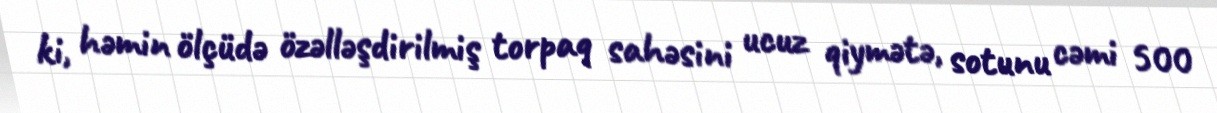
ki, həmin ölçüdə özəlləşdirilmiş torpaq sahəsini ucuz qiymətə, sotunu cəmi 500